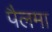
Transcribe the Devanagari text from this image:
पैलमा